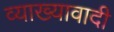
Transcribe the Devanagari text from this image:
व्याख्यावादी